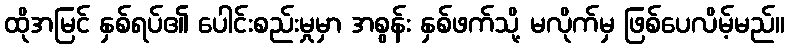
ထိုအမြင် နှစ်ရပ်၏ ပေါင်းစည်းမှုမှာ အစွန်း နှစ်ဖက်သို့ မလိုက်မှ ဖြစ်ပေလိမ့်မည်။